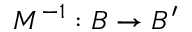
M ^ { - 1 } : B \rightarrow B ^ { \prime }